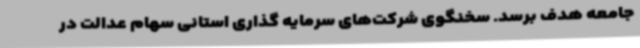
جامعه هدف برسد. سخنگوی شرکت‌های سرمایه گذاری استانی سهام عدالت در